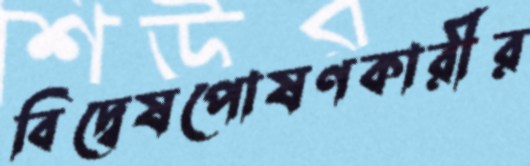
বিদ্বেষপোষণকারীর